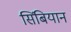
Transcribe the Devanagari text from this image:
सिंबियान